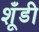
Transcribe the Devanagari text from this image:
शूँडी